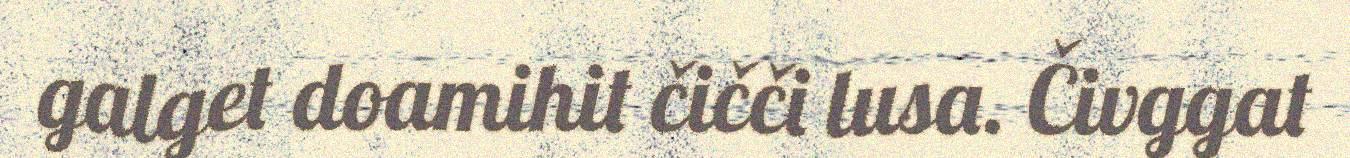
galget doamihit čičči lusa. Čivggat